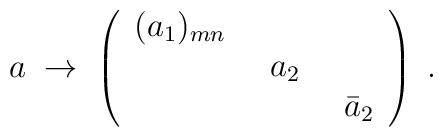
a\;\to\;\left( \begin{array}{ccc}(a_1)_{mn} \enskip &  & \\                 & a_2\enskip & \\                 &  & \bar a_2\end{array} \right)\; .